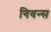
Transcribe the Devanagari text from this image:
गिवन्स